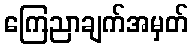
ကြေညာချက်အမှတ်